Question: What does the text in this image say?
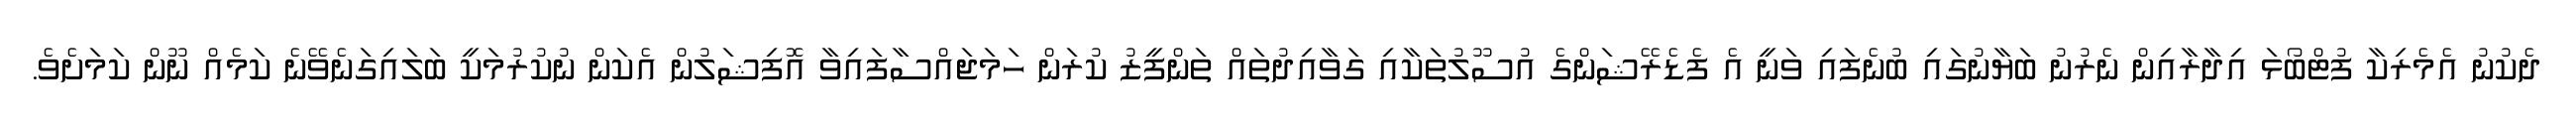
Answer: ދެކުނު އެމެރިކާ ފުޓްބޯޅަ އިދާރާއިން ނެރުނު ބަޔާނުގައި ބުނެފައި ވަނީ އެ ފެޑެރޭޝަންގެ އުސޫލުތަކާއި ގަވާއިދުތައް ތަންފީޒު ކުރަން ހަމަޖައްސާފައިވާ އޮފިޝަލުން އެކަން ނުކުރުމަކީ ބަލައިގަނެވޭނެ ކަމެއް ނޫން ކަމަށެވެ.